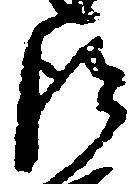
得